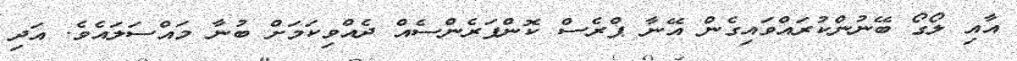
އާއި ލޯގޯ ބޭނުންކުރައްވައިގެން އޭނާ ޕްރެސް ކޮންފަރެންސެއް ދެއްވިކަމަށް ބުނާ މައްސަލައެވެ. އަދި